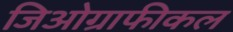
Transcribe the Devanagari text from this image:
जिओग्राफीकल